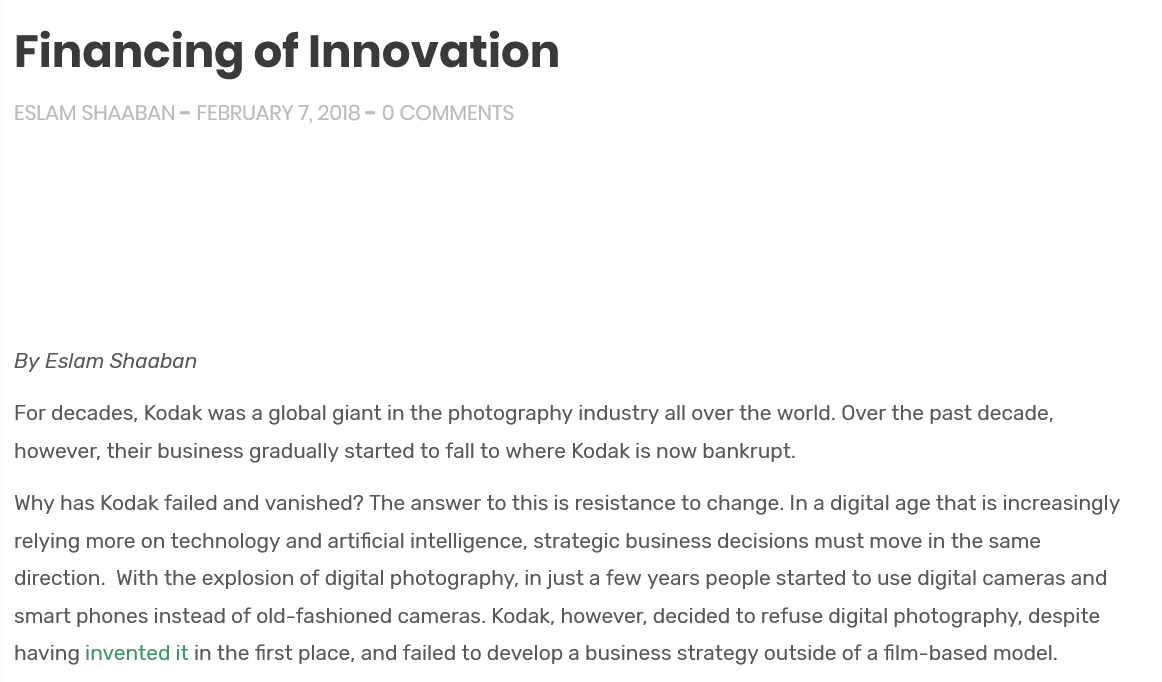
Financing    of   Innovation
  ESLAM SHAABAN  = FEBRUARY 7, 2018 = 0 COMMENTS
  By Eslam Shaaban
  For decades, Kodak was a global giant in the photography industry all over the world. Over the past decade,
  however, their business gradually started to fall to where Kodak is now bankrupt.
  Why has Kodak failed and vanished? The answer to this is resistance to change. In a digital age that is increasingly
  relying more on technology and artificial intelligence, strategic business decisions must move in the same
  direction. With the explosion of digital photography, in just a few years people started to use digital cameras and
  smart phones instead of old-fashioned cameras. Kodak, however, decided to refuse digital photography, despite
  having invented it in the first place, and failed to develop a business strategy outside of a film-based model.